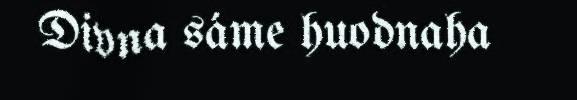
Divna sáme huodnaha